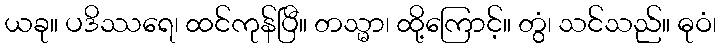
ယခု။ ပဒိဿရေ၊ ထင်ကုန်ပြီ။ တသ္မာ၊ ထို့ကြောင့်။ တွံ၊ သင်သည်။ ဓုဝံ၊